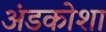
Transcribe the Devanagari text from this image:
अंडकोशा